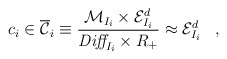
\begin{align*}c_i \in \overline{{\cal C}}_i \equiv \frac{ {\cal M}_{I_i} \times{\cal E}^d_{I_i} }{\mbox{\it Diff}_{I_i} \times R_+} \approx {\cal E}^d_{I_i}\;\;\;,\end{align*}